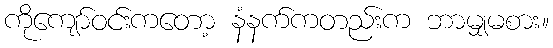
ကိုကျော်ဝင်းကတော့ နံနက်ကတည်းက ဘာမျှမစား။